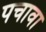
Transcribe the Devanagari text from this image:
पचावा